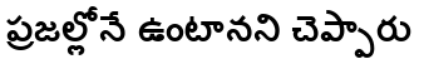
ప్రజల్లోనే ఉంటానని చెప్పారు